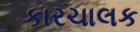
કારચાલક